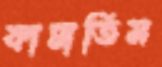
কামাতিস